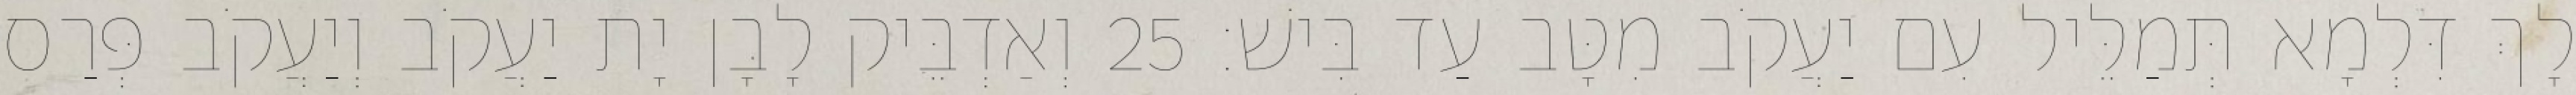
לָךְ דִּלְמָא תְּמַלֵּיל עִם יַעֲקֹב מִטָּב עַד בִּישׁ׃ 25 וְאַדְבֵּיק לָבָן יָת יַעֲקֹב וְיַעֲקֹב פְּרַס